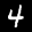
Digit: 4